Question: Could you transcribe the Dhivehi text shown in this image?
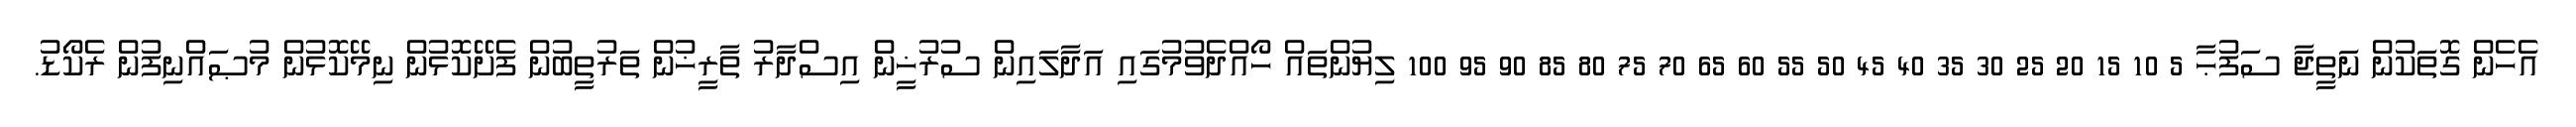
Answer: އެހެން ގޮތަކުން ނަތީޖާ ސަފުޙާ 5 10 15 20 25 30 35 40 45 50 55 60 65 70 75 80 85 90 95 100 ލިޔުންތައް ހޯއްދެވުމުގައި އަދާލައިން ސުރުޚީން އިސްދާރު ތާރީޚުން ތަރުތީބުން ފެށޭކޮޅުން ނިމޭކޮޅުން މުޞައްނިފުން ރެކޯޑު.